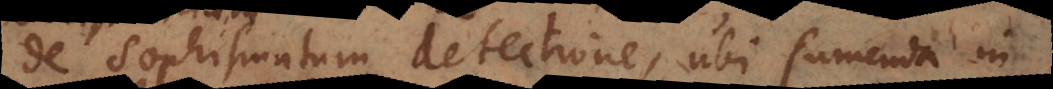
De Sophismatum detectione, ubi sumenda in